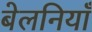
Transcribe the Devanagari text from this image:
बेलनियाँ